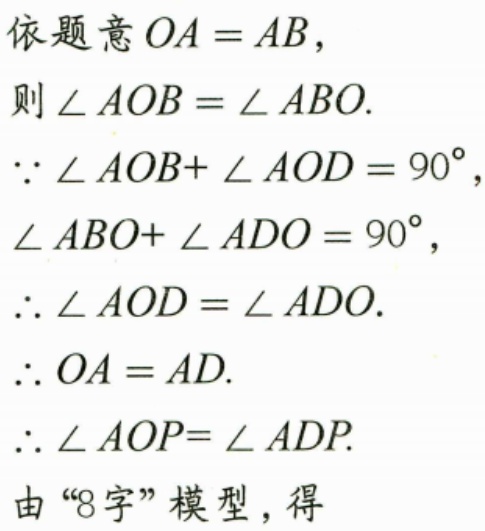
依题意\(OA = AB\)，
则\(\angle AOB=\angle ABO\).
\(\because\angle AOB + \angle AOD = 90^{\circ}\)，
\(\angle ABO+\angle ADO = 90^{\circ}\)，
\(\therefore\angle AOD=\angle ADO\).
\(\therefore OA = AD\).
\(\therefore\angle AOP=\angle ADP\).
由“8字”模型，得